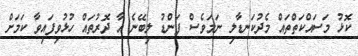
ކޮޅު މަސައްކަތްތައް މެދުކަނޑާލި ނަމަވެސް ފަންޑު ލިބޭނެ އާ ދޮރުތައް ހުޅުވިފައިވާ ކަމަށް